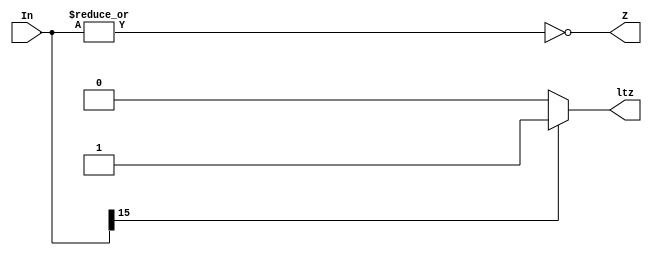
module zero_detector(In, Z, ltz);

	input [15:0] In;
  output ltz; // less than zero
	output Z;

	assign Z = ~|In; 
  //assign Z = (In === 16'h0000) ? 1'b1 : 1'b0;
  assign ltz = (In[15] == 1) ? 1'b1 : 1'b0;

endmodule